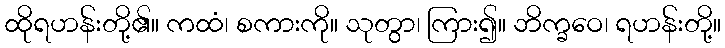
ထိုရဟန်းတို့၏။ ကထံ၊ စကားကို။ သုတွာ၊ ကြား၍။ ဘိက္ခဝေ၊ ရဟန်းတို့။